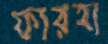
ফারহা